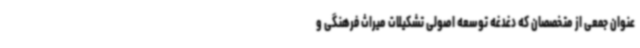
عنوان جمعی از متخصصان که دغدغه توسعه اصولی تشکیلات میراث فرهنگی و